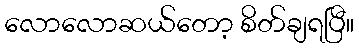
လောလောဆယ်တော့ စိတ်ချရပြီ။